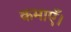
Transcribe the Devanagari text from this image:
कमाएँ।